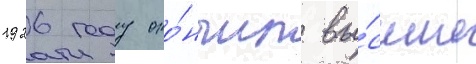
1926 году око́нчил вы́сшие